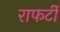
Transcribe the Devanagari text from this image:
राफर्टी